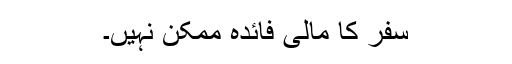
سفر کا مالی فائدہ ممکن نہیں۔